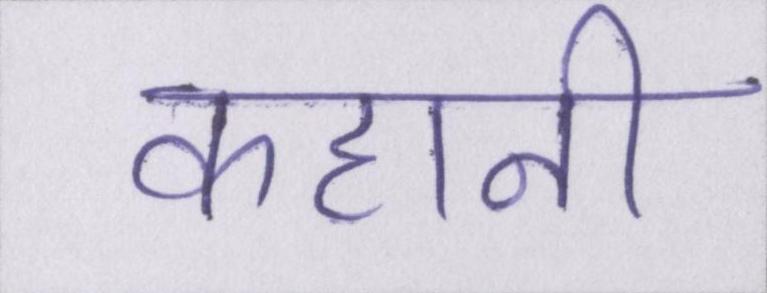
कहानी